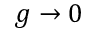
g \rightarrow 0